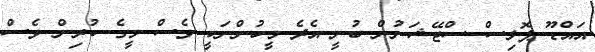
އައްޑޫ ޕޮލިސް ސްޓޭޝަނުން ބުނީ އެދެ މީހުންނަކީ ވެސް މީގެ ކުރިން ވެސް